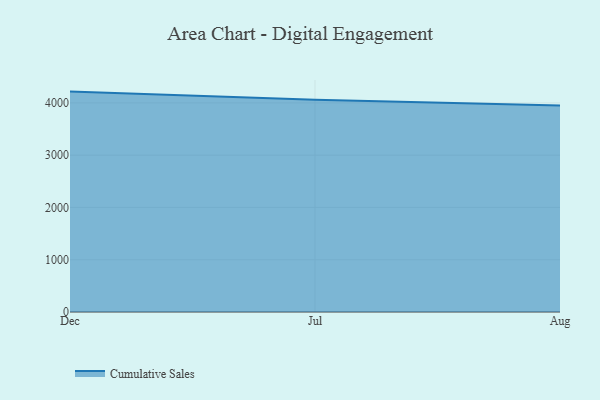
{"axis": {"x": "Month", "y": "Humidity (%)"}, "legend": ["Cumulative Sales"], "data": [{"x": "Dec", "y": 4215.5, "type": "Cumulative Sales"}, {"x": "Jul", "y": 4057.9, "type": "Cumulative Sales"}, {"x": "Aug", "y": 3947.7, "type": "Cumulative Sales"}]}